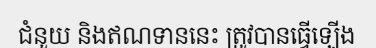
ជំនួយ និងឥណទាននេះ ត្រូវបានធ្វើឡើង